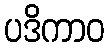
ပဒိကာဝ